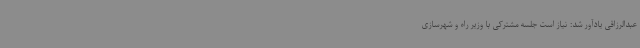
عبدالرزاقی یادآور شد: نیاز است جلسه مشترکی با وزیر راه و شهرسازی